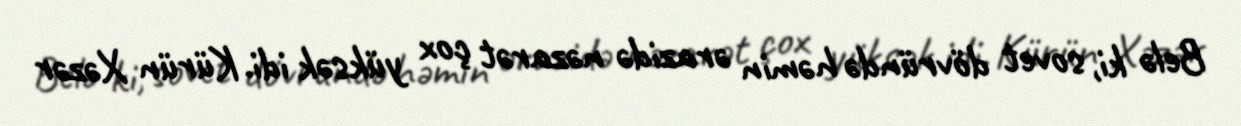
Belə ki, sovet dövründə həmin ərazidə nəzarət çox yüksək idi. Kürün Xəzər